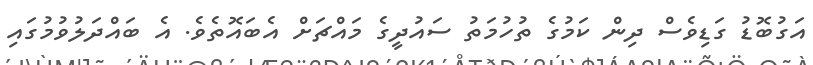
އަގުބޮޑު ގަޑިވެސް ދިން ކަމުގެ ތުހުމަތު ސައުދީގެ މައްޗަށް އެބައޮތެވެ. އެ ބައްދަލުވުމުގައި